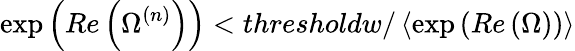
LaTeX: \exp\left(Re\left(\Omega^{(n)}\right)\right)<thresholdw/\left\langle\exp\left(Re\left(\Omega\right)\right)\right\rangle